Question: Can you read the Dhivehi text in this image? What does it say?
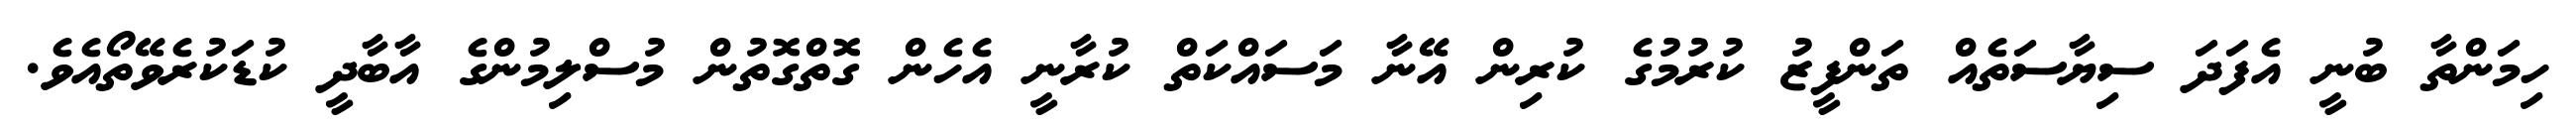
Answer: ހިމަންތާ ބުނީ އެފަދަ ސިޔާސަތެއް ތަންފީޒު ކުރުމުގެ ކުރިން އޭނާ މަސައްކަތް ކުރާނީ އެހެން ގޮތްގޮތުން މުސްލިމުންގެ އާބާދީ ކުޑަކުރެވޭތޯއެވެ.